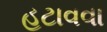
હટાવવા